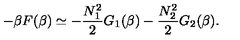
- \beta F ( \beta ) \simeq - \frac { N _ { 1 } ^ { 2 } } { 2 } G _ { 1 } ( \beta ) - \frac { N _ { 2 } ^ { 2 } } { 2 } G _ { 2 } ( \beta ) .